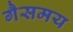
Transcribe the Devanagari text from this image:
गैसमय